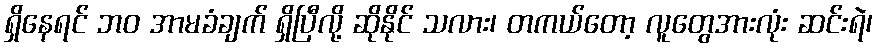
ရှိနေရင် ဘဝ အာမခံချက် ရှိပြီလို့ ဆိုနိုင် သလား၊ တကယ်တော့ လူတွေအားလုံး ဆင်းရဲ၊